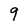
Character: 9